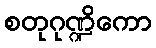
စတုဂုဏ္ဍိကော